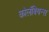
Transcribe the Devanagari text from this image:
कोलंबियन्स